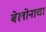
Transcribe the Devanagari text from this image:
बेलोनाचा